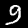
Label: 9